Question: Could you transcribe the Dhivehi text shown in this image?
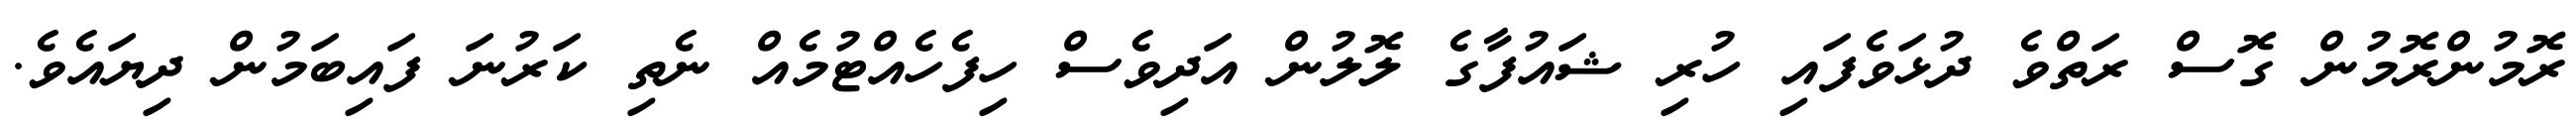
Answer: ރޮމުންރޮމުން ގޮސް ރަތްވެ ދުޅަވެފައި ހުރި ޝައުފާގެ ލޮލުން އަދިވެސް ހިފެހެއްޓުމެއް ނެތި ކަރުނަ ފައިބަމުން ދިޔައެވެ.